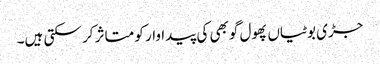
جڑی بوٹیاں پھول گوبھی کی پیداوار کو متاثر کر سکتی ہیں۔